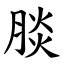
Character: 腅